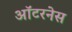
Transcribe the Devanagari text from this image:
ऑटरनेस